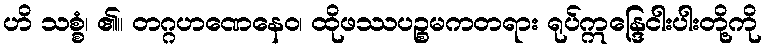
ဟိ သစ္စံ၊ ၏။ တဂ္ဂဟဏေနေဝ၊ ထိုဖဿပဉ္စမကတရား ရုပ်ဣန္ဒြေငါးပါးတို့ကို